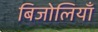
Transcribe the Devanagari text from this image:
बिजोलियाँ